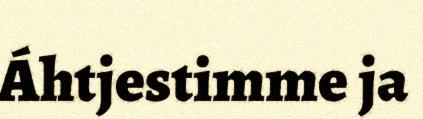
Áhtjestimme ja